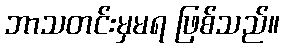
ဘာသတင်းမှမရ ဖြစ်သည်။